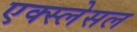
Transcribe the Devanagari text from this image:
एक्स्लेसल